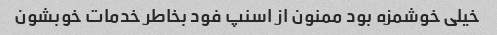
خیلی خوشمزه بود ممنون از اسنپ فود بخاطر خدمات خوبشون